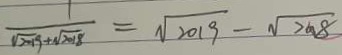
\frac { 1 } { \sqrt { 2 0 1 9 } + \sqrt { 2 0 1 8 } } = \sqrt { 2 0 1 9 } - \sqrt { 2 0 1 8 }